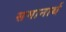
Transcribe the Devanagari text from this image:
समानार्थ